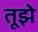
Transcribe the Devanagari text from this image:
तूझे